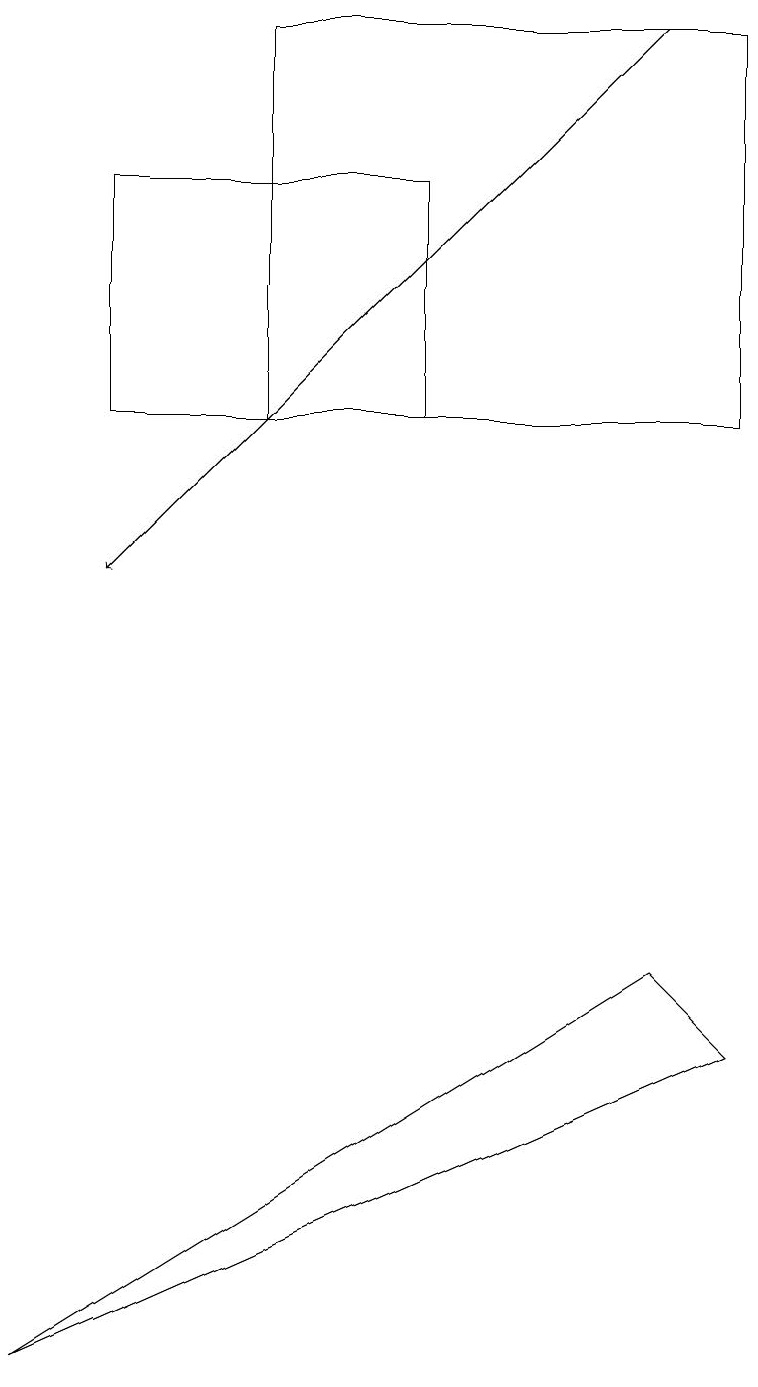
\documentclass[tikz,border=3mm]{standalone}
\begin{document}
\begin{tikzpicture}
\draw[->] (8,17) -- (1,10);
\draw (9,12) rectangle (3,17);
\draw (8,5) -- (9,4) -- (0,0) -- cycle;
\draw (5,12) rectangle (1,15);
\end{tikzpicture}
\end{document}